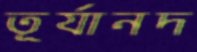
তূর্যানদ